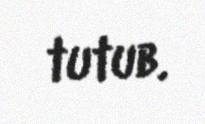
tutub.